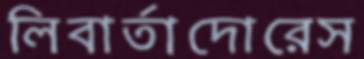
লিবার্তাদোরেস